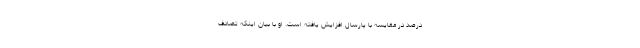
درصد در مقایسه با پارسال افزایش یافته است. او با بیان اینکه تصادف